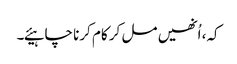
کہ، اُنھیں مل کر کام کرنا چاہیئے۔